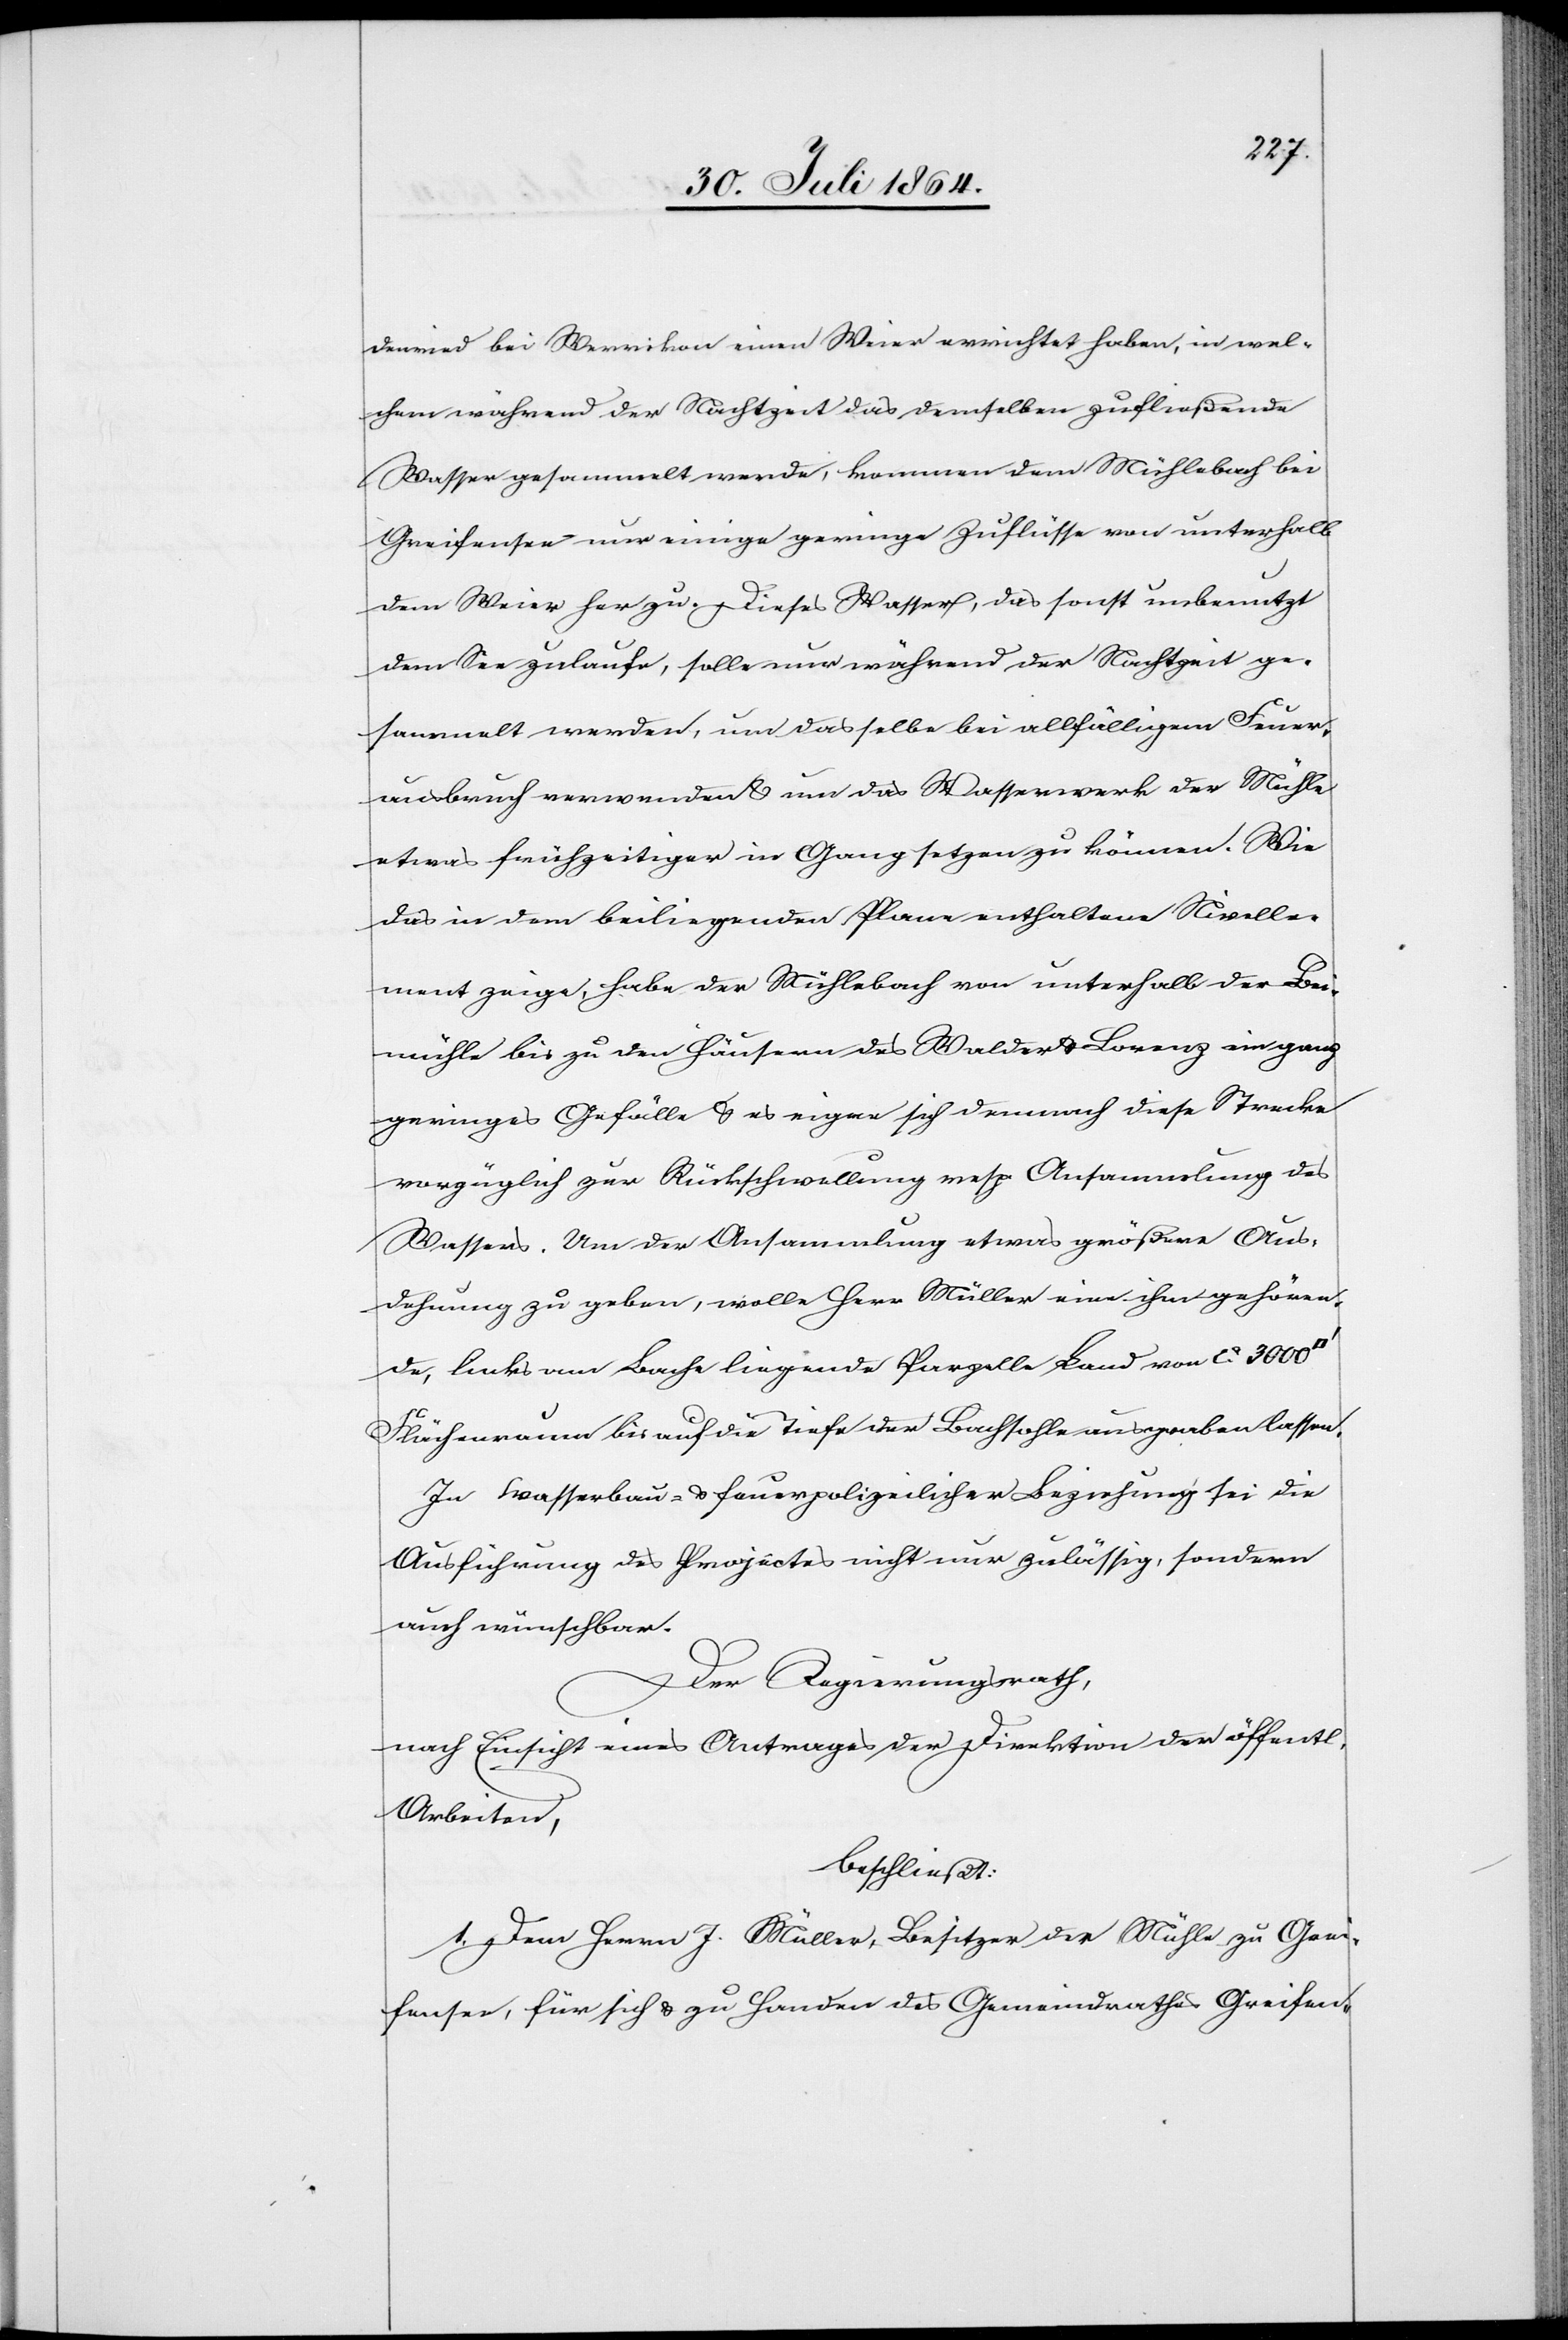
deried bei Werrikon einen Weier errichtet haben, in wel¬
chem während der Nachtzeit das demselben zufließende
Wasser gesammelt werde, kommen dem Mühlebach bei
Greifensee nur einige geringe Zuflüsse von unterhalb
dem Weier her zu. Dieses Wasser, das sonst unbenutzt
dem See zulaufe, solle nur während der Nachtzeit ge¬
sammelt werden, und dasselbe bei allfälligem Feuer¬
ausbruch verwendet & um das Wasserwerk der Mühle
etwas frühzeitiger in Gang setzen zu können. Wie
das in dem beiliegenden Plane enthalte Nivelle¬
ment zeige, habe der Mühlebach von unterhalb der Bei¬
mühle bis zu den Häusern des Walder & Lorenz ein ganz
geringes Gefälle & es eigne sich demnach diese Strecke
vorzüglich zur Rückschwellung resp. Ansammlung des
Wassers. Um der Ansammlung etwas größere Aus¬
dehnung zu geben, wolle Herr Müller eine ihm gehören¬
de, links vom Bache liegende Parzelle Land von ca. 3000
Flächenraum bis auf die Tiefe der Bachsohle aufgraben lassen.
In wasserbau- & feuerpolizeilicher Beziehung sei die
Ausführung des Projectes nicht nur zulässig, sondern
auch wünschbar.
Der Regierungsrath,
nach Einsicht eines Antrages der Direktion der öffentl.
Arbeiten,
beschließt:
I. Dem Herrn J. Müller, Besitzer der Mühle zu Grei¬
fensee, für sich & zu Handen des Gemeindrathes Greifen-